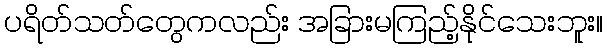
ပရိတ်သတ်တွေကလည်း အခြားမကြည့်နိုင်သေးဘူး။